Eesti_Ajutine_Maanoukogu, lk 4
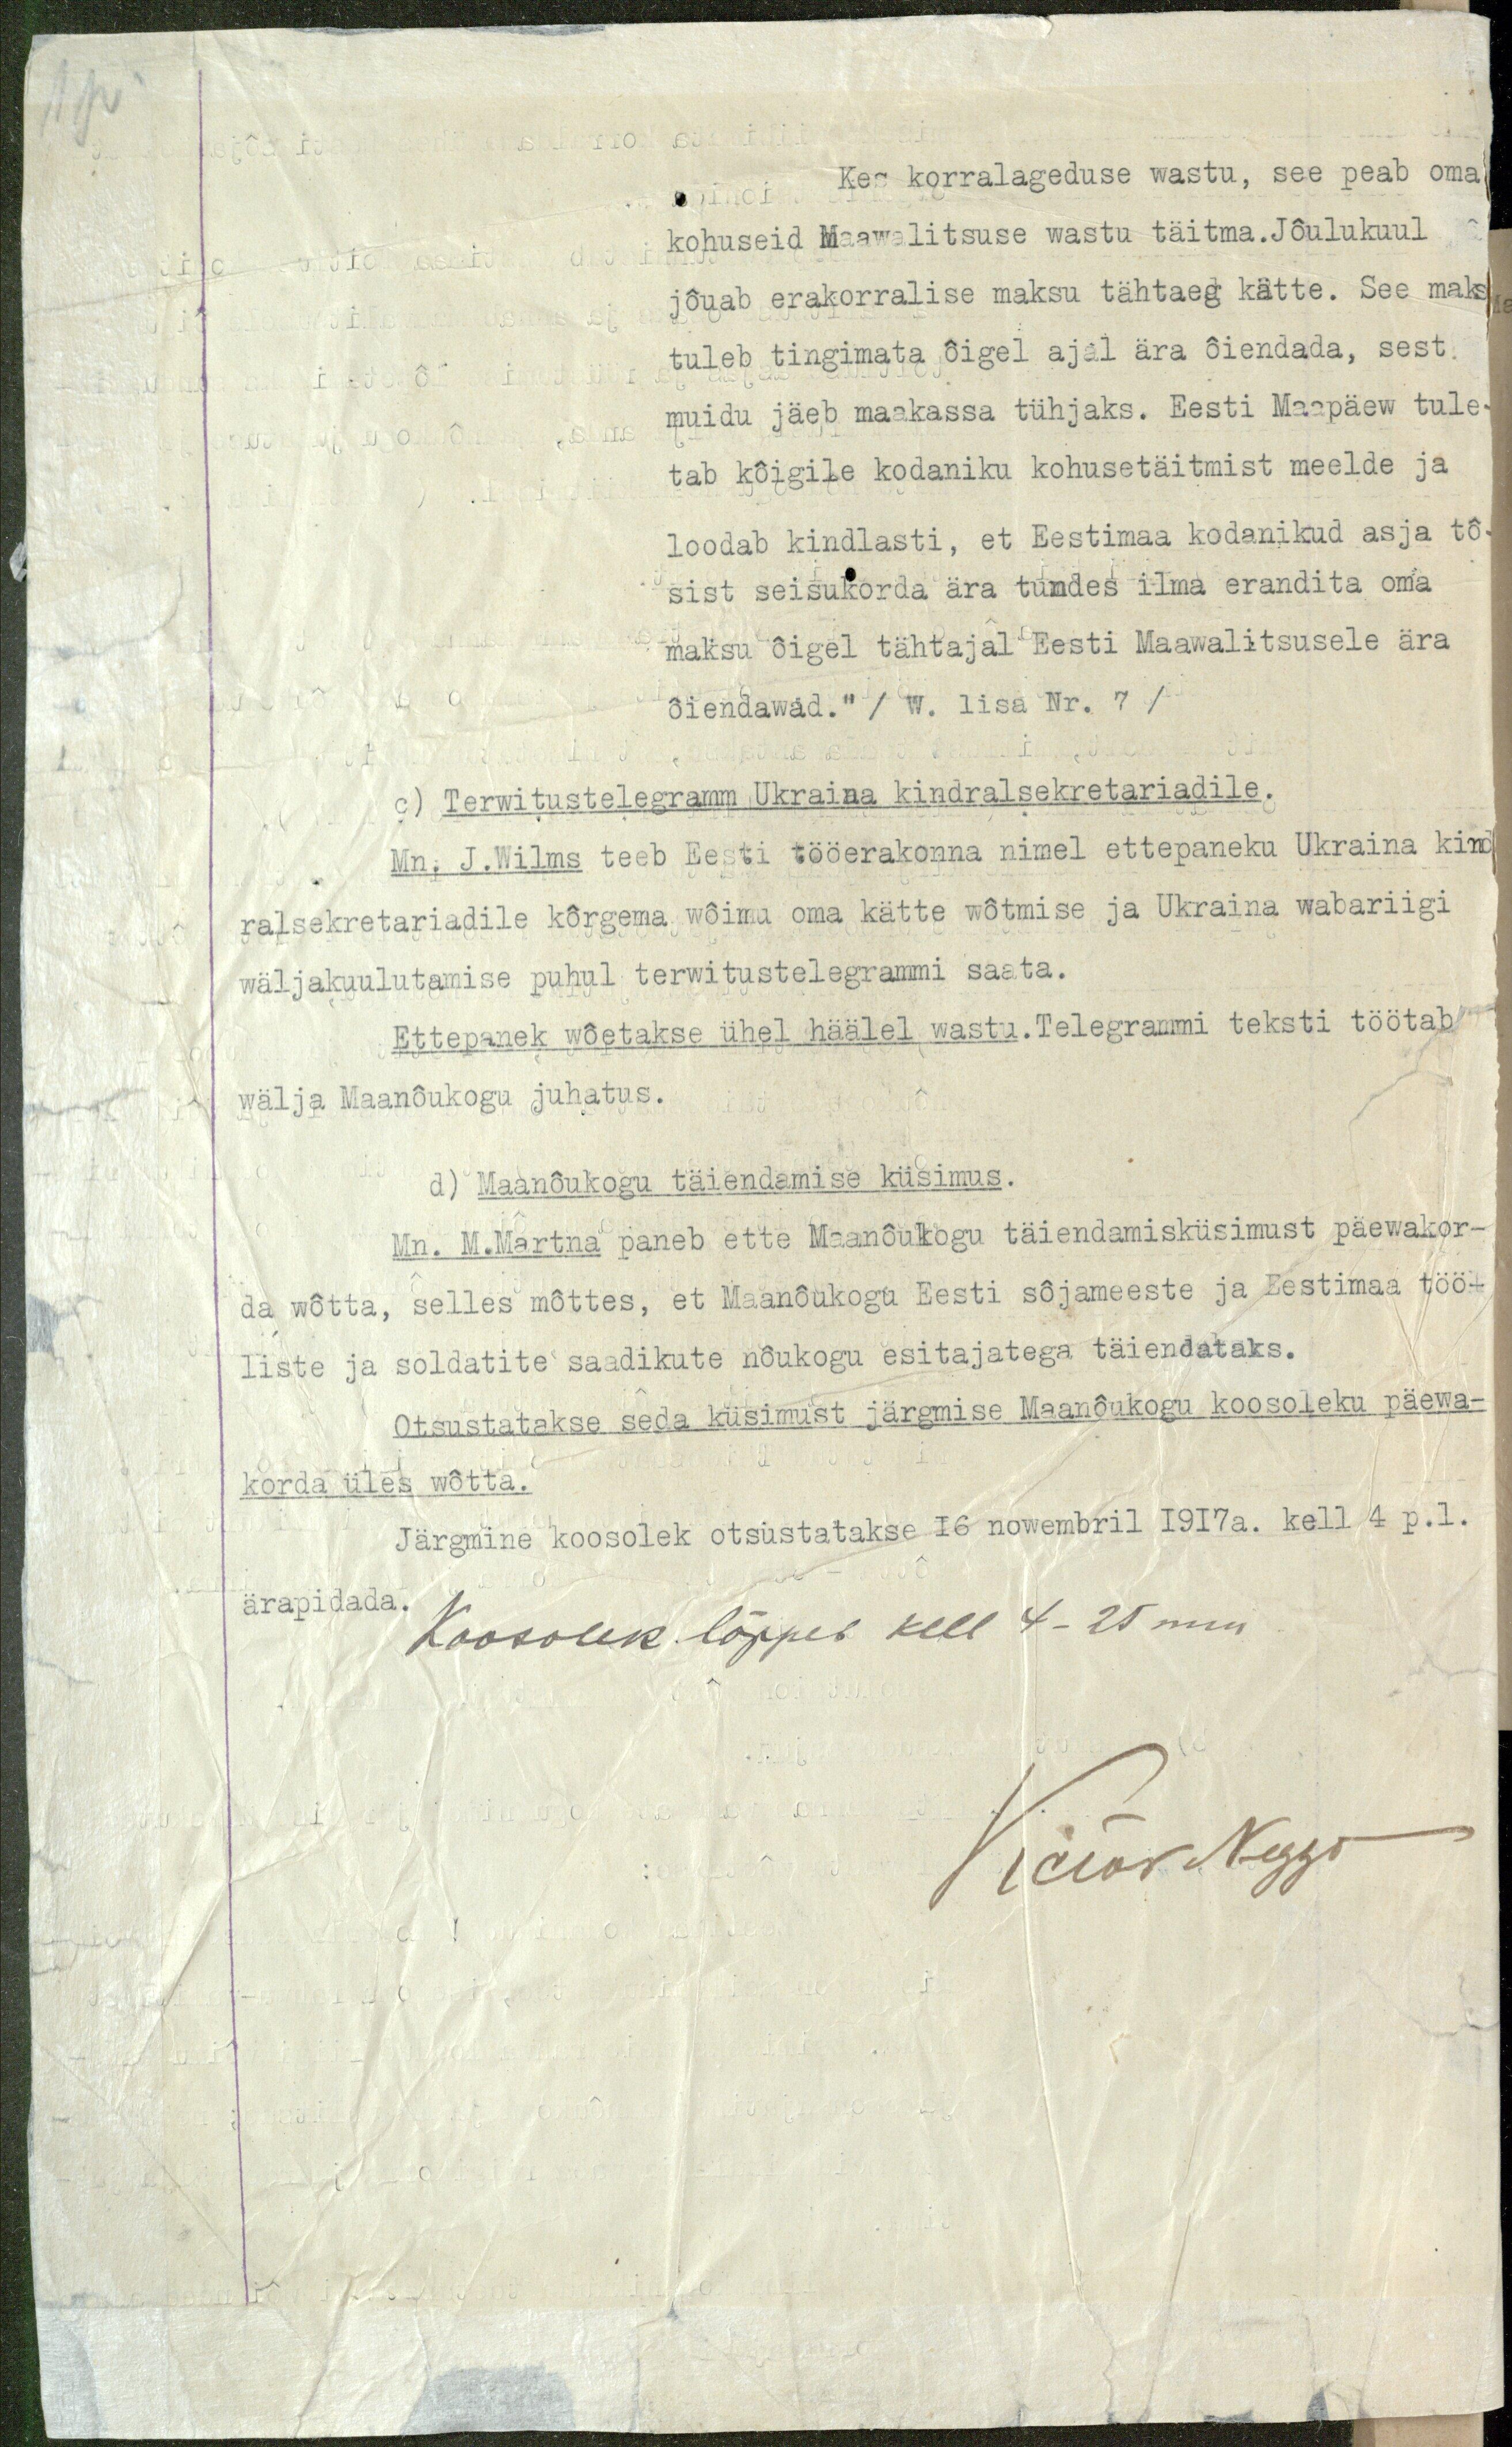
Kes korralageduse wastu, see peab oma
kohuseid Maawalitsuse wastu täitma. Jõulukuul
jõuab erakorralise maksu tähtaeg kätte. See maks
tuleb tingimata õigel ajal ära õiendada, sest
muidu jäeb maakassa tühjaks. Eesti Maapäew tule-
tab kõigile kodaniku kohusetäitmist meelde ja
loodab kindlasti, et Eestimaa kodanikud asja tõ-
sist seisukorda ära tundes ilma erandita oma
maksu õigel tähtajal Eesti Maawalitsusele ära
õiendawad." / W. lisa Nr. 7 /
c) Terwitustelegramm Ukraina kindralsekretariadile.
Mn. J. Wilms teeb Eepti tööerakonna nimel ettepaneku Ukraina kind
ralsekretariadile kõrgema wõimu oma kätte wõtmise ja Ukraina wabariigi
wäljakuulutamise puhul terwitustelegrammi saata.
Ettepanek wõetakse ühel häälel wastu. Telegrammi teksti töötab
wälja Maanõukogu juhatus.
d) Maanõukogu täiendamise küsimus.
Mn. M.Martna paneb ette Maanõukogu täiendamisküsimust päewakor-
da wõtta, selles mõttes, et Maanõukogu Eesti sõjameeste ja Eestimaa töö-
liste ja soldatite saadikute nõukogu esitajatega täiendataks.
Otsustatakse seda küsimust järgmise Maanõukogu koosoleku päewa-
korda üles wõtta.
Järgmine koosolek otsistastakse 16 nowembril 1917 a. kell 4 p.l.
ärapidada.
Koosolek lõppeb kell 4.25 min.
Victor Neggo